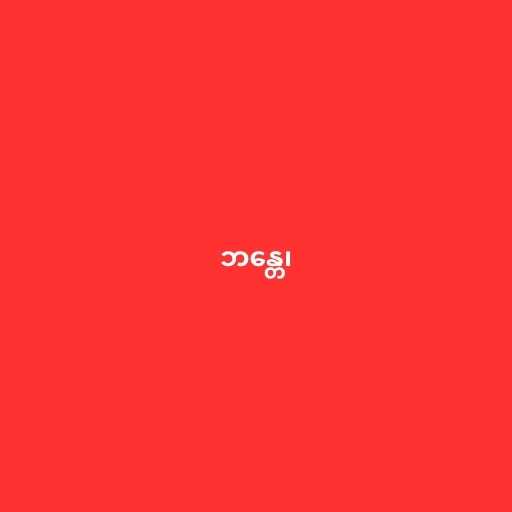
ဘန္တေ၊